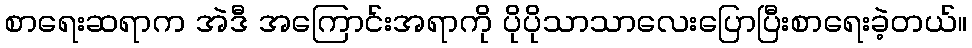
စာရေးဆရာက အဲဒီ အကြောင်းအရာကို ပိုပိုသာသာလေးပြောပြီးစာရေးခဲ့တယ်။